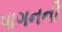
પાગનની